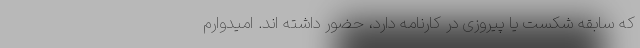
که سابقه شکست یا پیروزی در کارنامه دارد، حضور داشته اند. امیدوارم